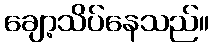
ချော့သိပ်နေသည်။